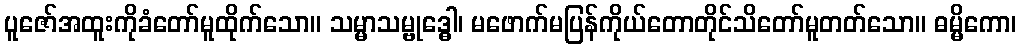
ပူဇော်အထူးကိုခံတော်မူထိုက်သော။ သမ္မာသမ္ဗုဒ္ဓေါ၊ မဖောက်မပြန်ကိုယ်တောတိုင်သိတော်မူတတ်သော။ ဓမ္မိကော၊